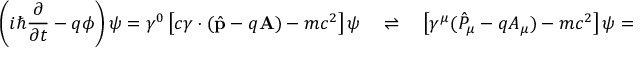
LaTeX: \left( i \hbar { \frac { \partial } { \partial t } } - q \phi \right) \psi = \gamma ^ { 0 } \left[ c { \boldsymbol { \gamma } } \cdot { ( { \hat { \mathbf { p } } } - q \mathbf { A } ) } - m c ^ { 2 } \right] \psi \quad \rightleftharpoons \quad \left[ \gamma ^ { \mu } ( { \hat { P } } _ { \mu } - q A _ { \mu } ) - m c ^ { 2 } \right] \psi = 0